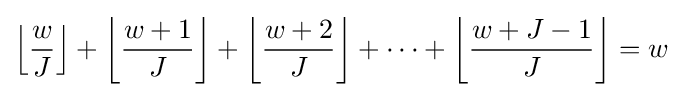
\left\lfloor {\frac {w}{J}}\right\rfloor +\left\lfloor {\frac {w+1}{J}}\right\rfloor +\left\lfloor {\frac {w+2}{J}}\right\rfloor +\cdots +\left\lfloor {\frac {w+J-1}{J}}\right\rfloor =w